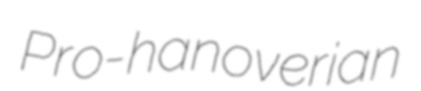
Pro-hanoverian